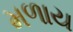
મળાય